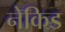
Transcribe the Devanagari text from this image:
नेकिड